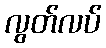
လွတ်လပ်